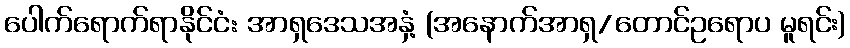
ပေါက်ရောက်ရာနိုင်ငံ: အာရှဒေသအနှံ့ (အနောက်အာရှ/တောင်ဥရောပ မူရင်း)